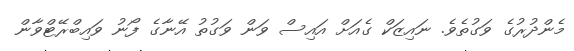
މެންދުރުގެ ވަގުތެވެ. ނައިޒަކް ގެއަށް އައިސް ވަން ވަގުތު އޭނާގެ ފޯނު ވައިބްރޭޓްވާން